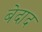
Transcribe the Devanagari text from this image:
बेदाद